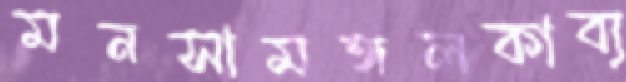
মনসামঙ্গলকাব্য